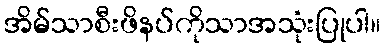
အိမ်သာစီးဖိနပ်ကိုသာအသုံးပြုပါ။